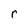
Character: r